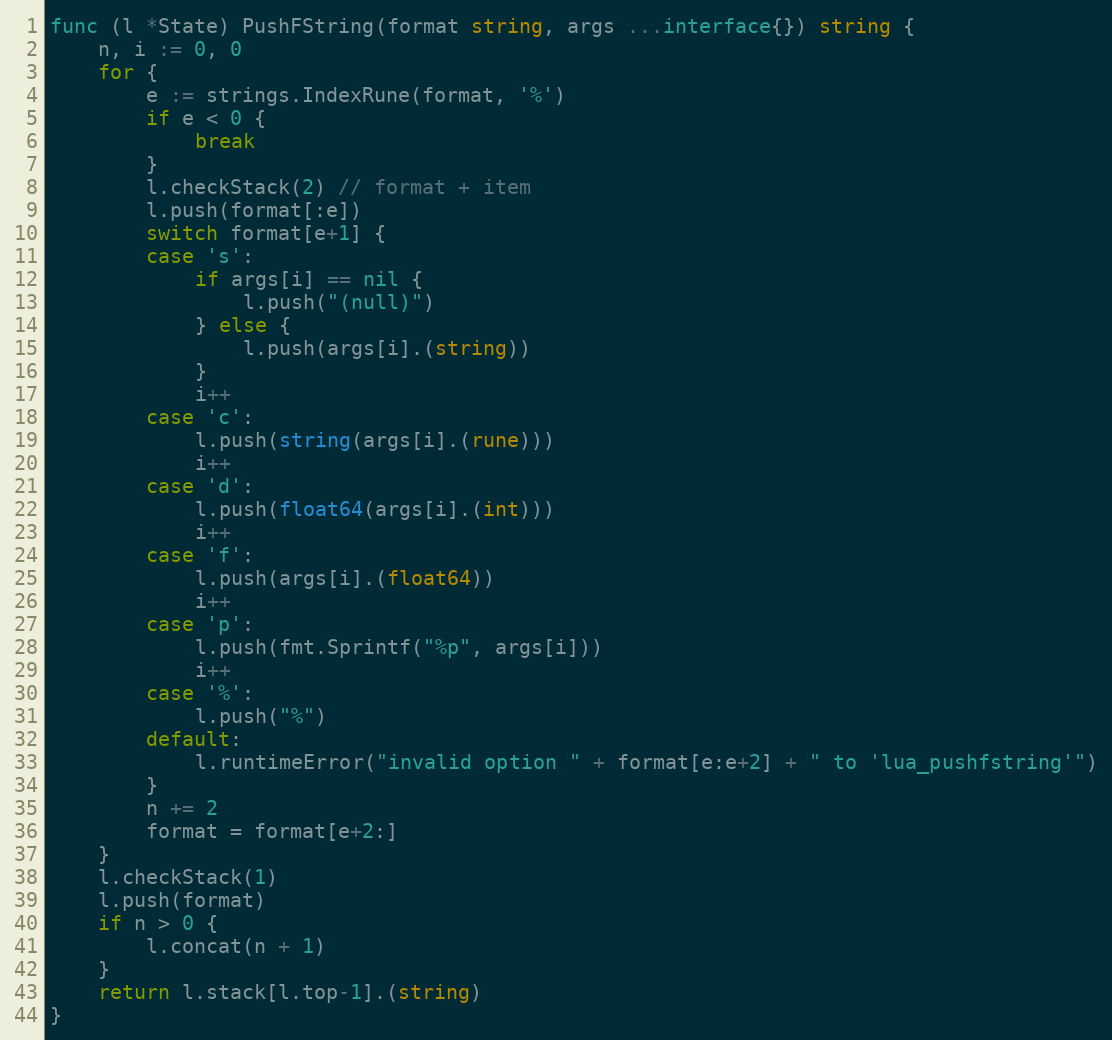
Language: Go
func (l *State) PushFString(format string, args ...interface{}) string {
	n, i := 0, 0
	for {
		e := strings.IndexRune(format, '%')
		if e < 0 {
			break
		}
		l.checkStack(2) // format + item
		l.push(format[:e])
		switch format[e+1] {
		case 's':
			if args[i] == nil {
				l.push("(null)")
			} else {
				l.push(args[i].(string))
			}
			i++
		case 'c':
			l.push(string(args[i].(rune)))
			i++
		case 'd':
			l.push(float64(args[i].(int)))
			i++
		case 'f':
			l.push(args[i].(float64))
			i++
		case 'p':
			l.push(fmt.Sprintf("%p", args[i]))
			i++
		case '%':
			l.push("%")
		default:
			l.runtimeError("invalid option " + format[e:e+2] + " to 'lua_pushfstring'")
		}
		n += 2
		format = format[e+2:]
	}
	l.checkStack(1)
	l.push(format)
	if n > 0 {
		l.concat(n + 1)
	}
	return l.stack[l.top-1].(string)
}